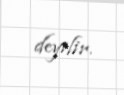
deyilir.